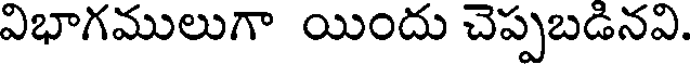
విభాగములుగా యిందు చెప్పబడినవి.